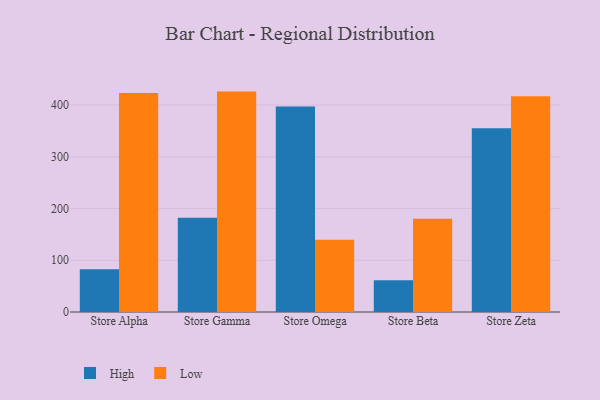
{"axis": {"x": "Store", "y": "Humidity (%)"}, "legend": ["High", "Low"], "data": [{"x": "Store Alpha", "y": 82.6, "type": "High"}, {"x": "Store Alpha", "y": 423.6, "type": "Low"}, {"x": "Store Gamma", "y": 182.2, "type": "High"}, {"x": "Store Gamma", "y": 426.1, "type": "Low"}, {"x": "Store Omega", "y": 397.4, "type": "High"}, {"x": "Store Omega", "y": 139.9, "type": "Low"}, {"x": "Store Beta", "y": 61.5, "type": "High"}, {"x": "Store Beta", "y": 180.4, "type": "Low"}, {"x": "Store Zeta", "y": 355.4, "type": "High"}, {"x": "Store Zeta", "y": 417.3, "type": "Low"}]}